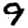
Digit: 9